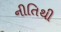
નીતિથી